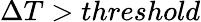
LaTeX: \Delta T>threshold